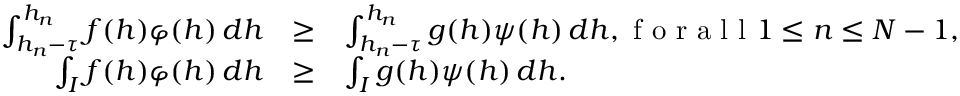
\begin{array} { r c l } { \int _ { h _ { n } - \tau } ^ { h _ { n } } f ( h ) \varphi ( h ) \, d h } & { \geq } & { \int _ { h _ { n } - \tau } ^ { h _ { n } } g ( h ) \psi ( h ) \, d h , \textnormal { f o r a l l } 1 \leq n \leq N - 1 , } \\ { \int _ { I } f ( h ) \varphi ( h ) \, d h } & { \geq } & { \int _ { I } g ( h ) \psi ( h ) \, d h . } \end{array}